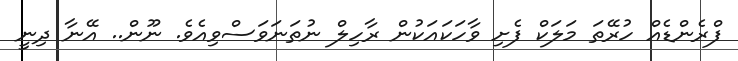
ފްރެންޑެއް ހުރޭތަ މަލަކް ފެށި ވާހަކައަކުން ރާހިލް ނުތަނަވަސްވިއެވެ. ނޫން.. އޭނާ ދިނީ